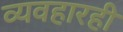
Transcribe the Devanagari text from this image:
व्यवहारही